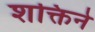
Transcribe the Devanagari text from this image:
शक्तिने